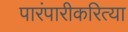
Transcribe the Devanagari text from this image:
पारंपारीकरित्या